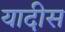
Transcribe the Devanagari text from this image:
यादीस